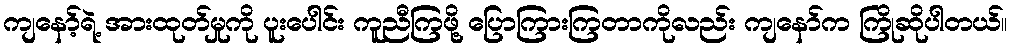
ကျနော့်ရဲ့ အားထုတ်မှုကို ပူးပေါင်း ကူညီကြဖို့ ပြောကြားကြတာကိုလည်း ကျနော်က ကြိုဆိုပါတယ်။